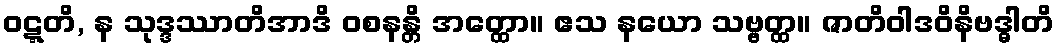
ဝဋ္ဋတိ, န သုဒ္ဒဿာတိအာဒိ ဝစနန္တိ အတ္ထော။ ဧသ နယော သဗ္ဗတ္ထ။ ဇာတိဝါဒဝိနိဗဒ္ဓါတိ